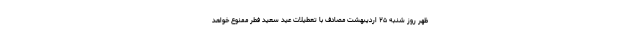
ظهر روز شنبه ۲۵ اردیبهشت مصادف با تعطیلات عید سعید فطر ممنوع خواهد